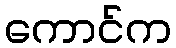
ကောင်က